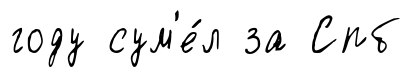
году сум'е́л за Спб